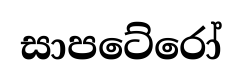
සාපටේරෝ